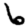
Digit: 6